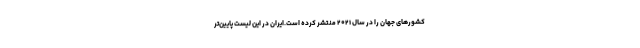
کشورهای جهان را در سال ۲۰۲۱ منتشر کرده است.ایران در این لیست پایین‌تر